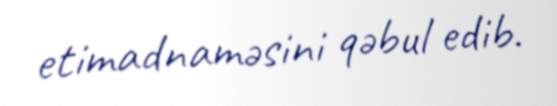
etimadnaməsini qəbul edib.